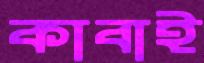
কাবাই